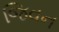
જિવન